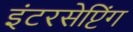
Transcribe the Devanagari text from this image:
इंटरसेप्टिंग